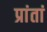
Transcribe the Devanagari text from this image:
प्रांतां